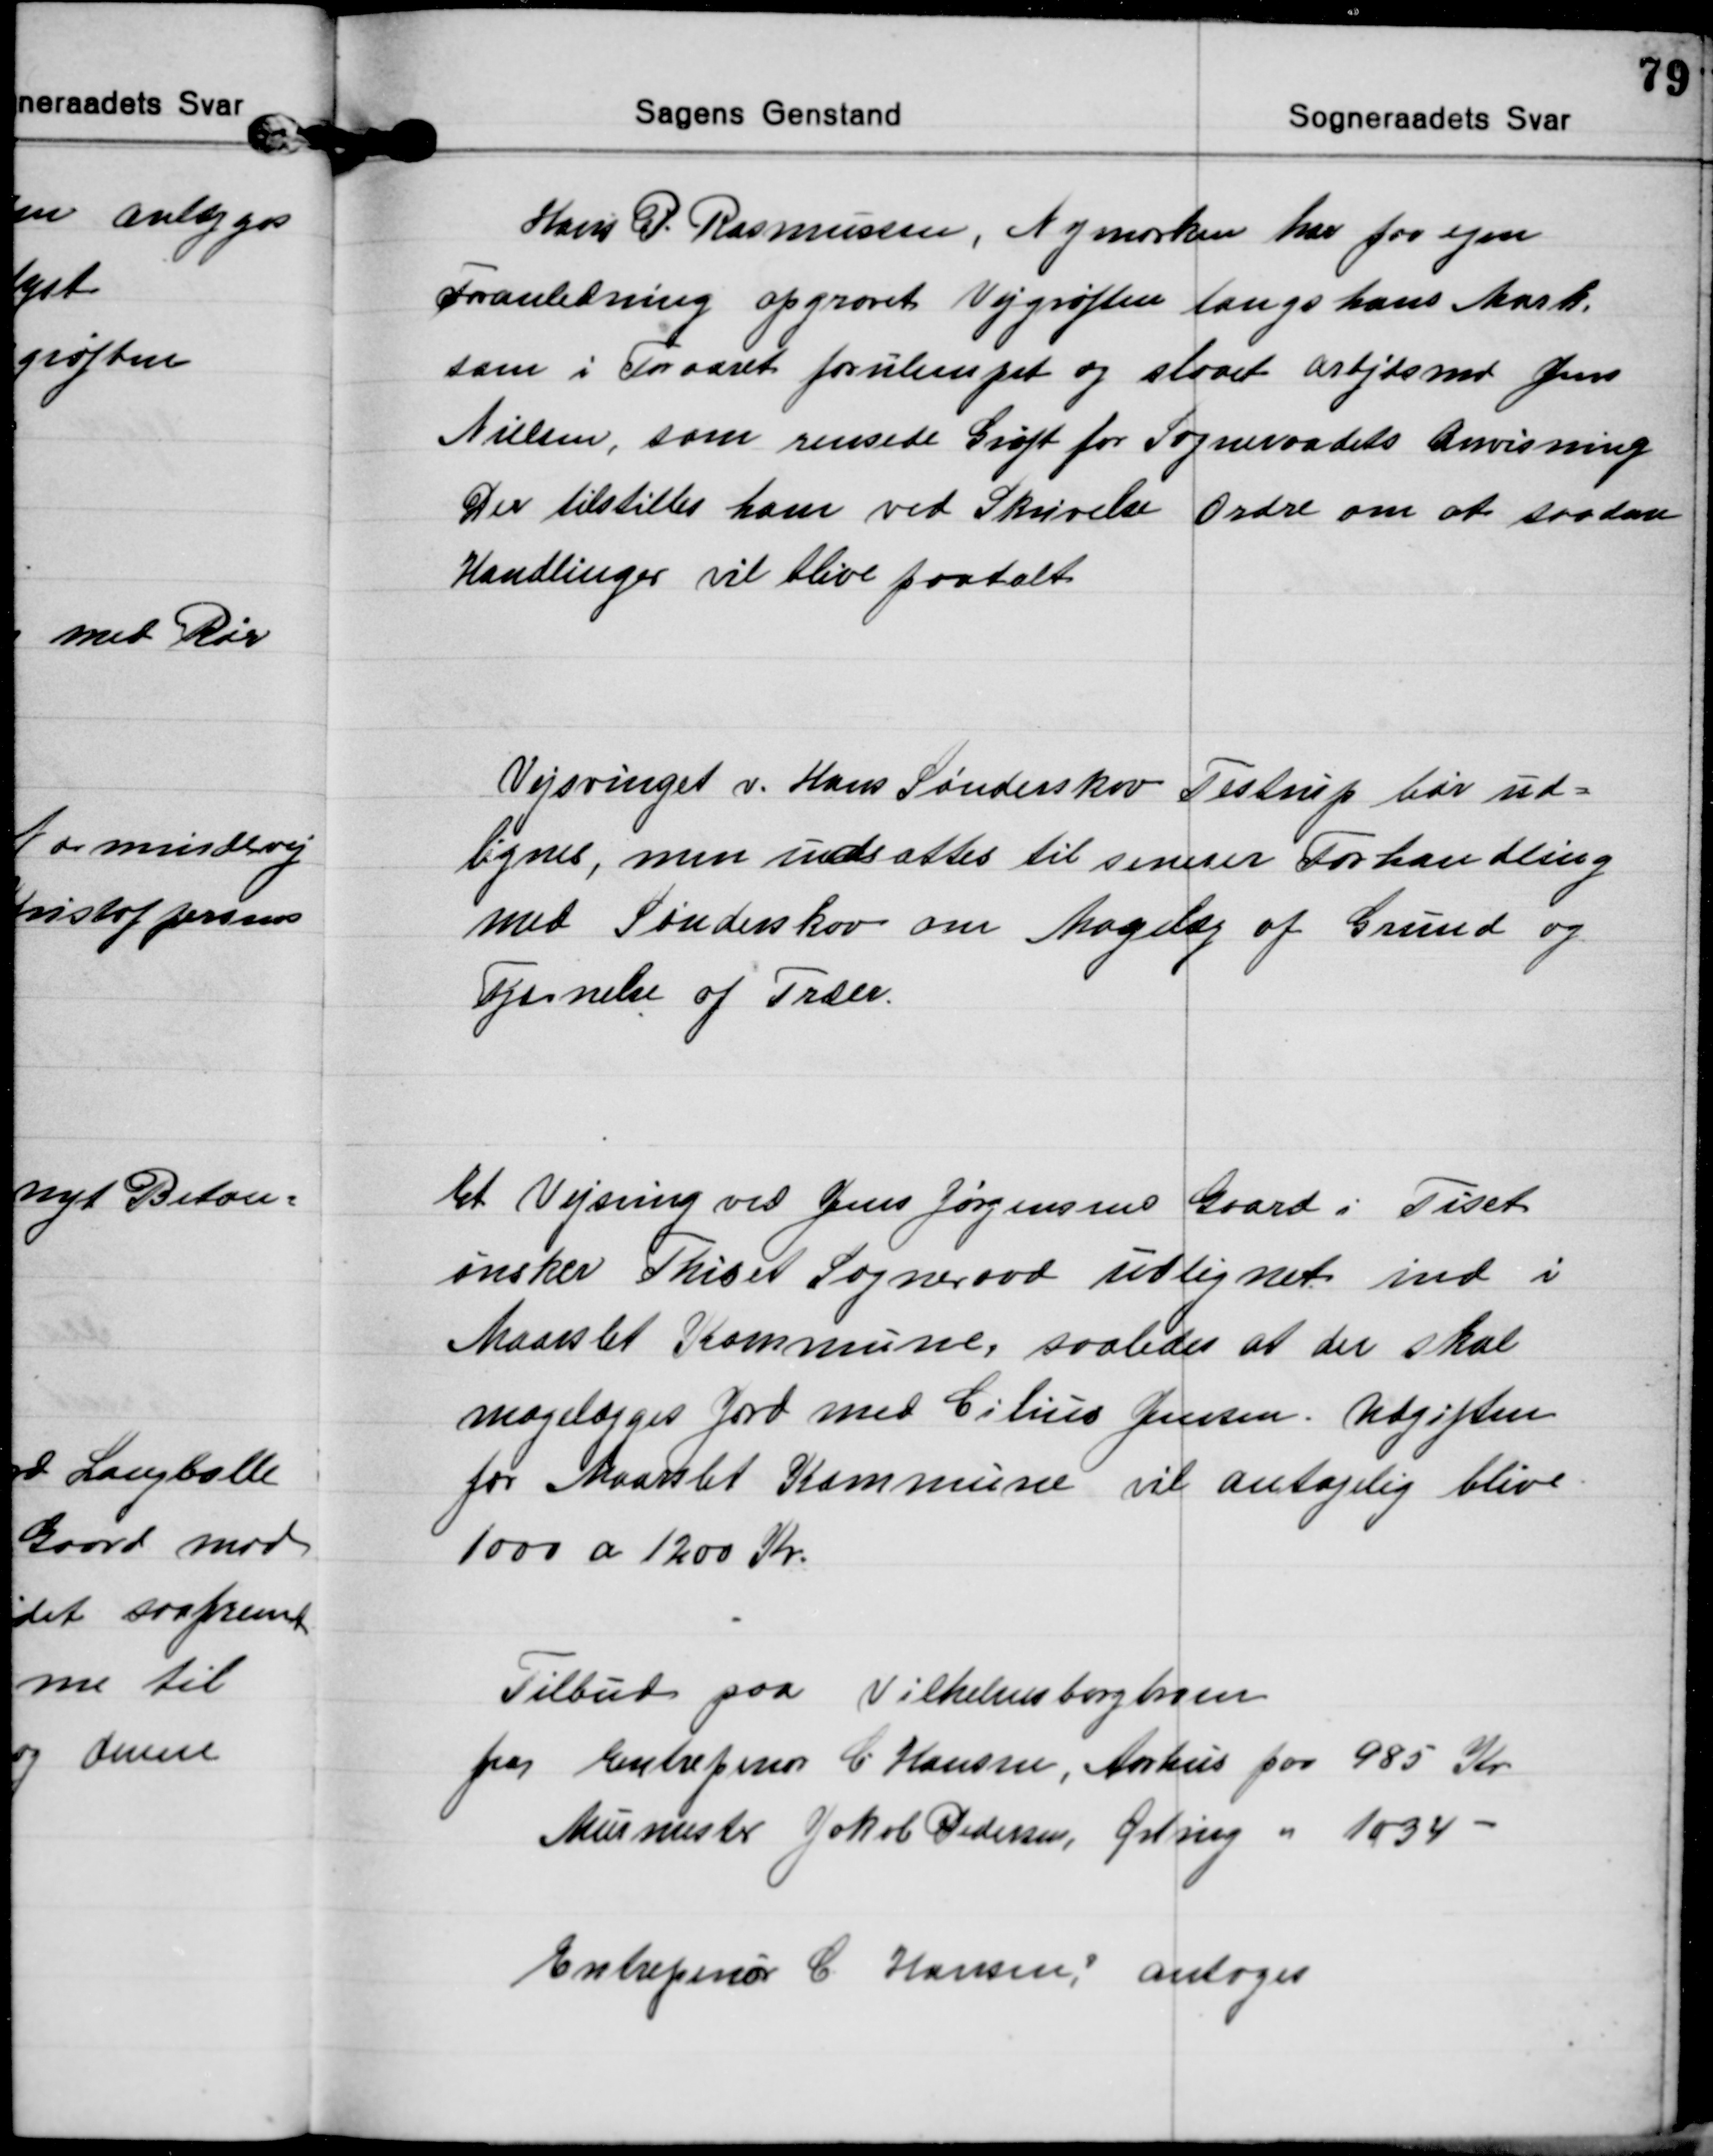
Transskription:
Hans P. Rasmussen, Nymarken har for egen
Foranledning opgravet Vejgrøften langs hans Mark,
som i Foraaret forulempet og slaaet Arbjdsmd Jens
Nielsen, som rensede Grøft for Sogneraadets Anvisning
Der tilstilles ham ved Skrivelse Ordre om at saadan
Handlinger vil blive paatalt

Vejsvinget v. Hans Sønderskov Testrup bør ud=
lignes, men udsattes til senerer Forhandling
med Sønderskov om Magelæg af Grund og
Fjærnelse af Træer.

Et Vejsving ved Jens Jørgensens Gaard i Tiset
ønsker Thiset Sogneraad udlignet ind i
Maarslet Kommune, saaledes at der skal
magelægges Jord med Cilius Jensen. Udgiften
for Maarslet Kommune vil antagelig blive
1000 a 1200 Kr.

Tilbud paa Vilhelmsborgbroen
fra Entreprenør C. Hansen, Aarhus for 985 Kr.
Murmester Jakob Pedersen, Ørting " 1034

Entrepenør C. Hansen; antoges